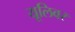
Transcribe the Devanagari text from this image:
यूलिवर